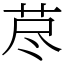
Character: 荩